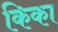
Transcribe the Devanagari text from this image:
किका